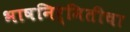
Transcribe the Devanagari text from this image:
भाषनिर्मितीचा